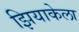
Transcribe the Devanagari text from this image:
झियाकेला